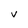
Character: V